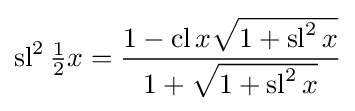
\operatorname {sl} ^{2}{\tfrac {1}{2}}x={\frac {1-\operatorname {cl} x{\sqrt {1+\operatorname {sl} ^{2}x}}}{1+{\sqrt {1+\operatorname {sl} ^{2}x}}}}